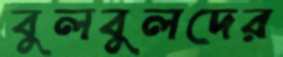
বুলবুলদের